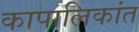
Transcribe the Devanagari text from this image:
कापालिकांत